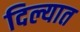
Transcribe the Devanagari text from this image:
दिल्यात